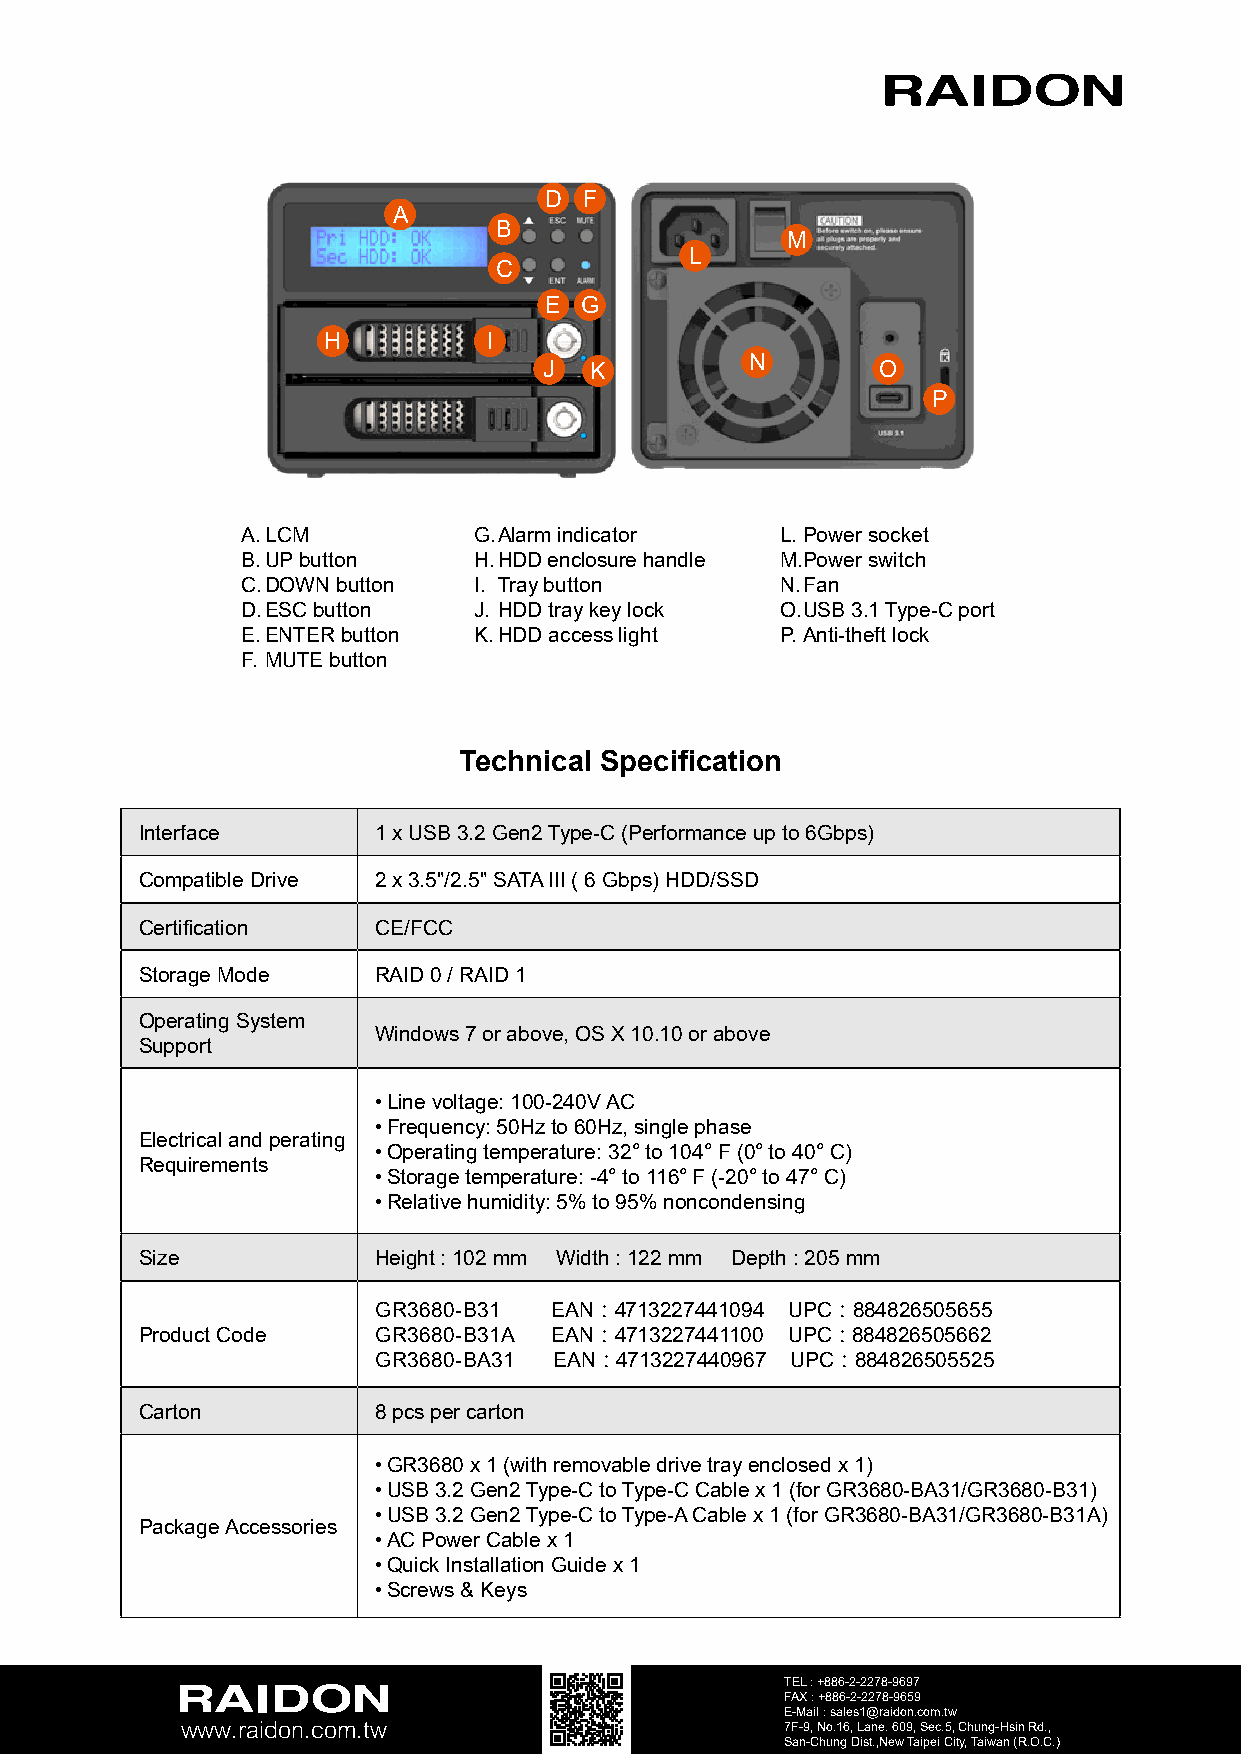
D  F
 A
 B
 M
 L
 C
 E G
 H          I
 N
 J  K                  O
 P
 A. LCM         G. Alarm indicator   L. Power socket
 B. UP button   H. HDD enclosure handle M. Power switch
 C. DOWN button I. Tray button       N. Fan
 D. ESC button  J. HDD tray key lock O. USB 3.1 Type-C port
 E. ENTER button K. HDD access light P. Anti-theft lock
 F. MUTE button
 Technical Specification
 Interface       1 x USB 3.2 Gen2 Type-C (Performance up to 6Gbps)
 Compatible Drive 2 x 3.5"/2.5" SATA III ( 6 Gbps) HDD/SSD
 Certification   CE/FCC
 Storage Mode    RAID 0 / RAID 1
 Operating System
 Windows 7 or above, OS X 10.10 or above
 Support
 • Line voltage: 100-240V AC
 • Frequency: 50Hz to 60Hz, single phase
 Electrical and perating
 • Operating temperature: 32° to 104° F (0° to 40° C)
 Requirements
 • Storage temperature: -4° to 116° F (-20° to 47° C)
 • Relative humidity: 5% to 95% noncondensing
 Size            Height : 102 mm Width : 122 mm Depth : 205 mm
 GR3680-B31 EAN：4713227441094 UPC：884826505655
 Product Code    GR3680-B31A EAN：4713227441100 UPC：884826505662
 GR3680-BA31 EAN：4713227440967 UPC：884826505525
 Carton          8 pcs per carton
 • GR3680 x 1 (with removable drive tray enclosed x 1)
 • USB 3.2 Gen2 Type-C to Type-C Cable x 1 (for GR3680-BA31/GR3680-B31)
 • USB 3.2 Gen2 Type-C to Type-A Cable x 1 (for GR3680-BA31/GR3680-B31A)
 Package Accessories
 • AC Power Cable x 1
 • Quick Installation Guide x 1
 • Screws & Keys
 TEL : +886-2-2278-9697
 FAX : +886-2-2278-9659
 E-Mail : sales1@raidon.com.tw
 www.raidon.com.tw                       7F-9, No.16, Lane. 609, Sec.5, Chung-Hsin Rd.,
 San-Chung Dist.,New Taipei City, Taiwan (R.O.C.)